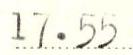
17.55